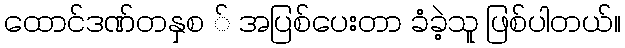
ထောင်ဒဏ်တနှစ ် အပြစ်ပေးတာ ခံခဲ့သူ ဖြစ်ပါတယ်။